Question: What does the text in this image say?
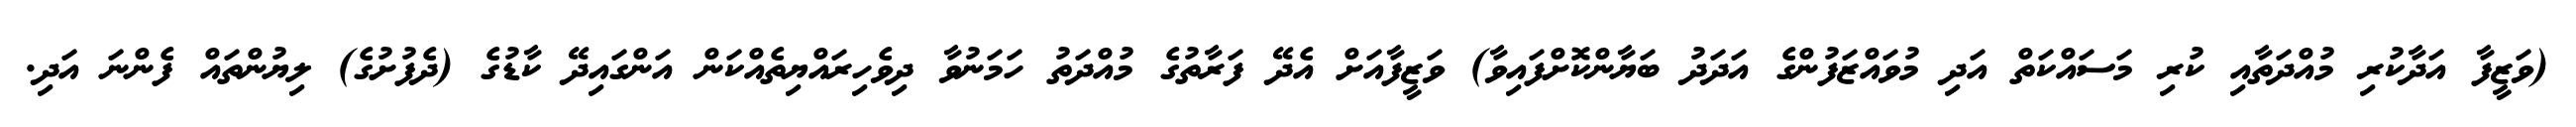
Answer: (ވަޒީފާ އަދާކުރި މުއްދަތާއި ކުރި މަސައްކަތް އަދި މުވައްޒަފުންގެ އަދަދު ބަޔާންކޮށްފައިވާ) ވަޒީފާއަށް އެދޭ ފަރާތުގެ މުއްދަތު ހަމަނުވާ ދިވެހިރައްޔިތެއްކަން އަންގައިދޭ ކާޑުގެ (ދެފުށުގެ) ލިޔުންތައް ފެންނަ އަދި.